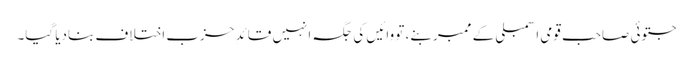
جتوئی صاحب قومی اسمبلی کے ممبر بنے، تو وائیں کی جگہ انہیں قائدِ حزبِ اختلاف بنادیا گیا۔